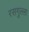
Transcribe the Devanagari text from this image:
रसगुल्‍ला